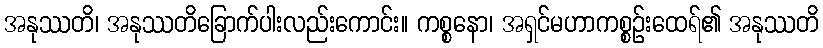
အနုဿတိ၊ အနုဿတိခြောက်ပါးလည်းကောင်း။ ကစ္စနော၊ အရှင်မဟာကစ္စဉ်းထေရ်၏ အနုဿတိ